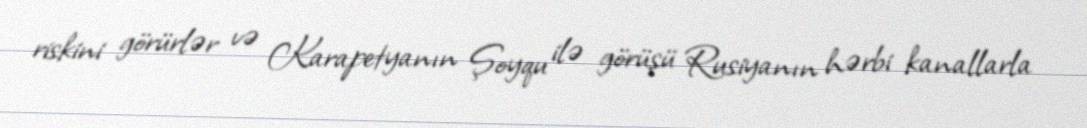
riskini görürlər və Karapetyanın Şoyqu ilə görüşü Rusiyanın hərbi kanallarla